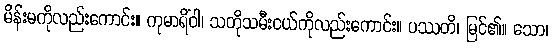
မိန်းမကိုလည်းကောင်း။ ကုမာရိံဝါ၊ သတိုသမီးငယ်ကိုလည်းကောင်း။ ပဿတိ၊ မြင်၏။ သော၊